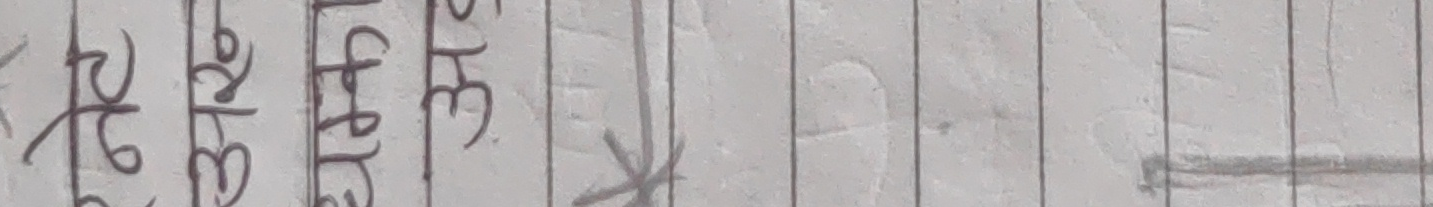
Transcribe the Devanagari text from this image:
३२, ३३, ३४